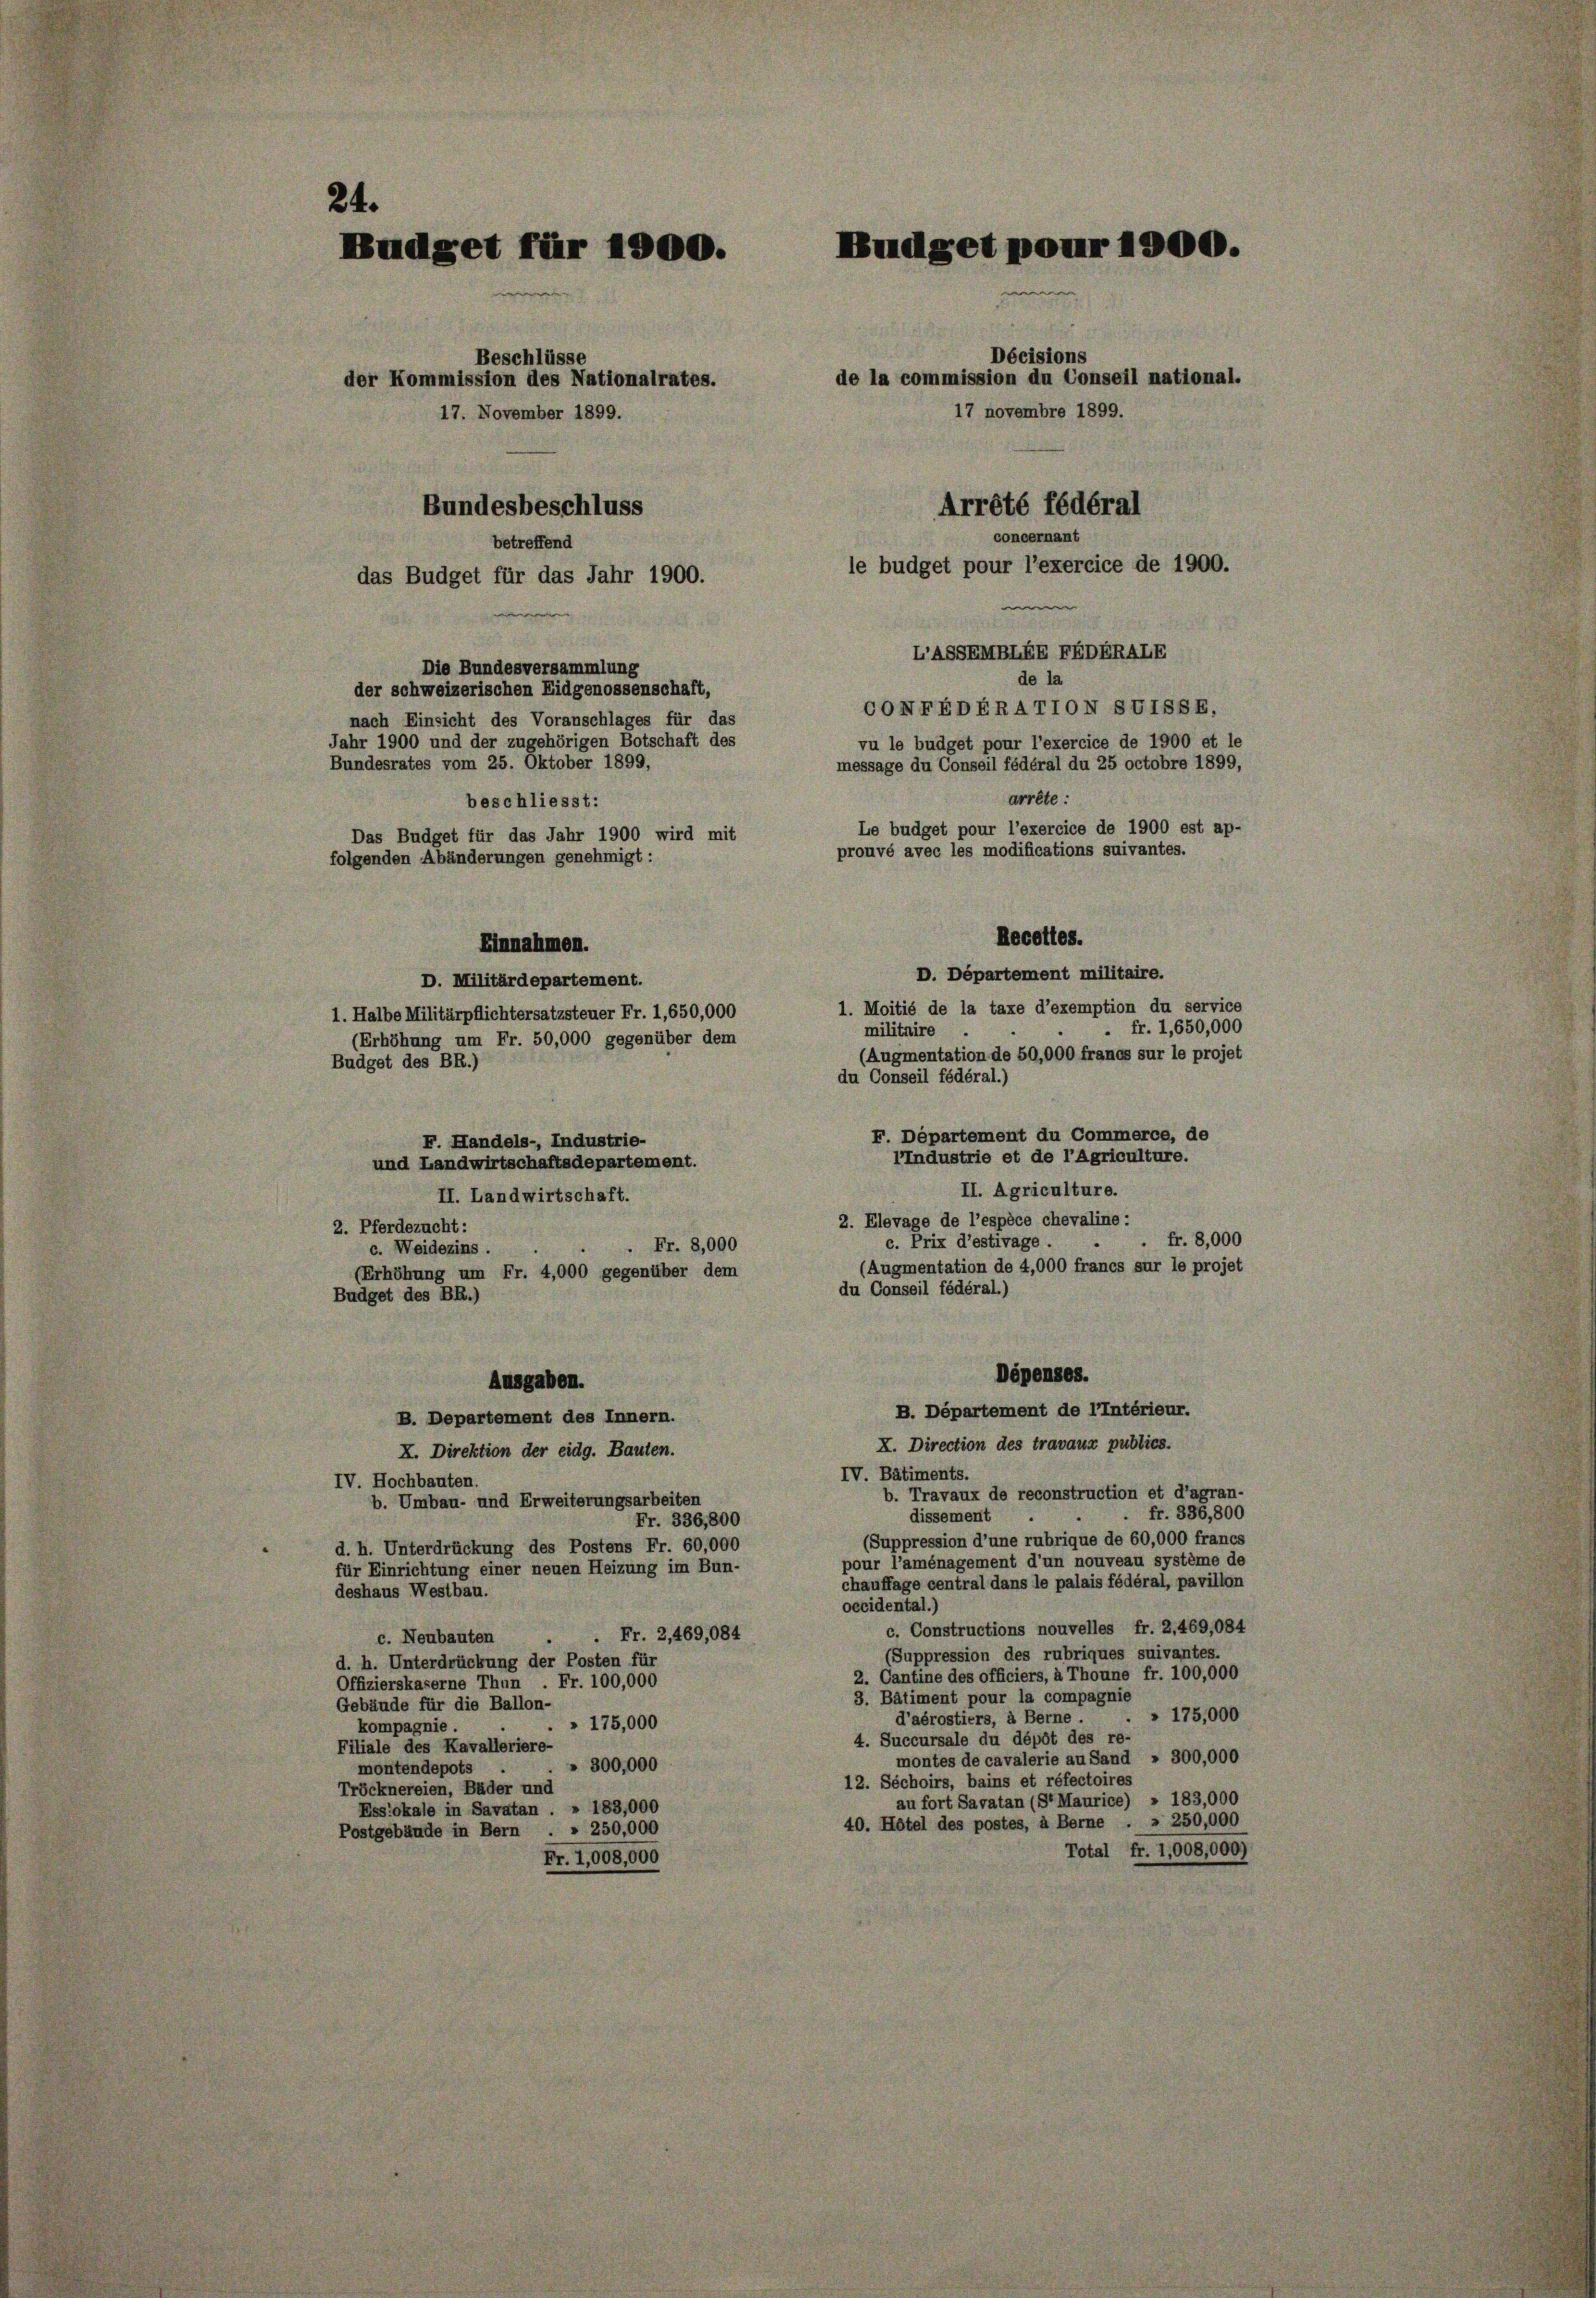
24.
Budget für 1000.
Beschlüsse
der Kommission des Nationalrates.
17. November 1899.

Bundesbeschluss
betreffend
das Budget für das Jahr 1900.
Die Bundesversammlung
der schweizerischen Eidgenossenschaft,
nach Einsicht des Voranschlages für das
Jahr 1900 und der zugehörigen Botschaft des
Bundesrates vom 25. Oktober 1899,
beschliesst:
Das Budget für das Jahr 1900 wird mit
folgenden Abänderungen genehmigt :
Einnahmen.
D. Militärdepartement.
1. Halbe Militärpflichtersatzsteuer Fr. 1,650,000
(Erhöhung um Fr. 50,000 gegenüber dem
Budget des BR.)
F. Handels-, Industrie-
und Landwirtschaftsdepartement.
II. Landwirtschaft.
2. Pferdezucht:
Fr. 8,000
c. Weidezins.
(Erhöhung um Fr. 4,000 gegenüber dem
Budget des BR.)
Ausgaben.
B. Departement des Innern.
X. Direktion der eidg. Bauten.
IV. Hochbauten.
b. Umbau- und Erweiterungsarbeiten
Fr. 336,800
d. h. Unterdrückung des Postens Fr. 60,000
für Einrichtung einer neuen Heizung im Bun-
deshaus Westbau.
Fr. 2,469,084
c. Neubauten
d. h. Unterdrückung der Posten für
Offizierskaserne Thun Fr. 100,000
Gebäude für die Ballon-
» 175,000
kompagnie.
Filiale des Kavalleriere-
300,000
montendepots .
Tröcknereien, Bäder und
Ess’okale in Savatan. » 183,000
Postgebäude in Bern . . 250,000
Fr. 1,008,000

Budget pour 1900.
Décisions
de la commission du Conseil national.
17 novembre 1899.
Arrété fédéral

concernant
le budget pour l’exercice de 1900.
e

LASSENTBLEE FEDERALE
de la
CONFEDERATTON SVISSE,
vu le budget pour l’exercice de 1900 et le
message du Conseil fédéral du 25 octobre 1899,
arrête:
Le budget pour l’exercice de 1900 est ap-
prouvé avec les modifications suivantes.
Recettes.
D. Département militaire.
1. Moitié de la taxe d’exemption du service
 fr. 1,650,000
militaire
(Augmentation de 50,000 francs sur le projet
du Conseil fédéral.)
F. Departement du Commerce, de
IIndustrie et de l’Agriculture.
II. Agriculture.
2. Elevage de l’espèce chevaline:
fr. 8,000
c. Prix d’estivage.
(Augmentation de 4,000 francs sur le projet
du Conseil fédéral.)
Dépenses.
B. Département de l’intérieur.
X. Direction des travaux publics.
IV. Bâtiments.
b. Travaux de reconstruction et d’agran-
fr. 336,800
dissement
(Suppression d’une rubrique de 60,000 francs
pour l’aménagement d’un nouveau système de
chauffage central dans le palais fédéral, pavillon
occidental.)
c. Constructions nouvelles fr. 2,469,084
(Suppression des rubriques suivantes.
2. Cantine des officiers, à Thoune fr. 100,000
3. Bâtiment pour la compagnie
» 175,000
d’aérostiers, à Berne.
4. Succursale du dépôt des re-
montes de cavalerie au Sand " 300,000
12. Séchoirs, bains et réfectoires
au fort Savatan (St Maurice) » 183,000
40. Hôtel des postes, à Berne . § 250,000
Total fr. 1,008,000)